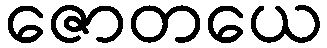
ဇောတယေ